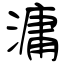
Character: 滽